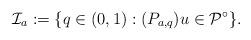
LaTeX: \begin{align*}\mathcal{I}_{a}:=\{q\in(0,1):(P_{a,q})u\in\mathcal{P}^{\circ}\}.\end{align*}